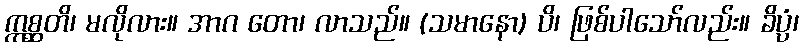
ဣစ္ဆတိ၊ မလိုလား။ အာဂ တော၊ လာသည်။ (သမာနော) ပိ၊ ဖြစ်ပါသော်လည်း။ ခိပ္ပံ၊